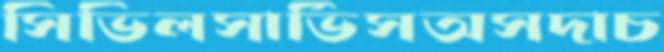
সিভিলসার্ভিসঅসদাচ